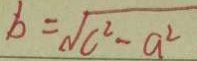
b = \sqrt { c ^ { 2 } - a ^ { 2 } }